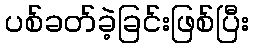
ပစ်ခတ်ခဲ့ခြင်းဖြစ်ပြီး